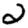
Digit: 2